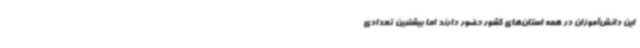
این دانش‌آموزان در همه استان‌های کشور حضور دارند اما بیشترین تعدادی